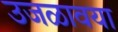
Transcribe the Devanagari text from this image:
उजळावया